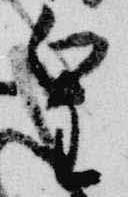
皇